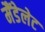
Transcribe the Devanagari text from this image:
मैंडेलेट